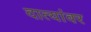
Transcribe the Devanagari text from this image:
दात्यांवर